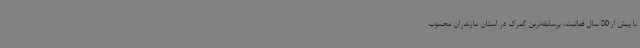
با بیش از 80 سال فعالیت، پرسابقه‌ترین گمرک در استان مازندران محسوب